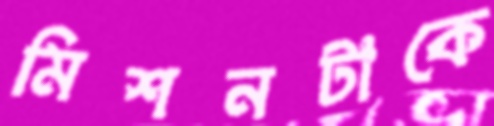
মিশনটাকে